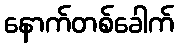
နောက်တစ်ခေါက်